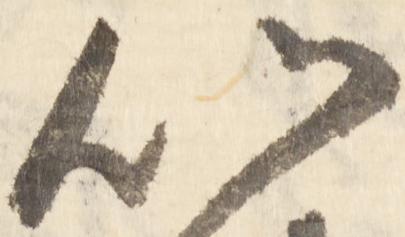
以